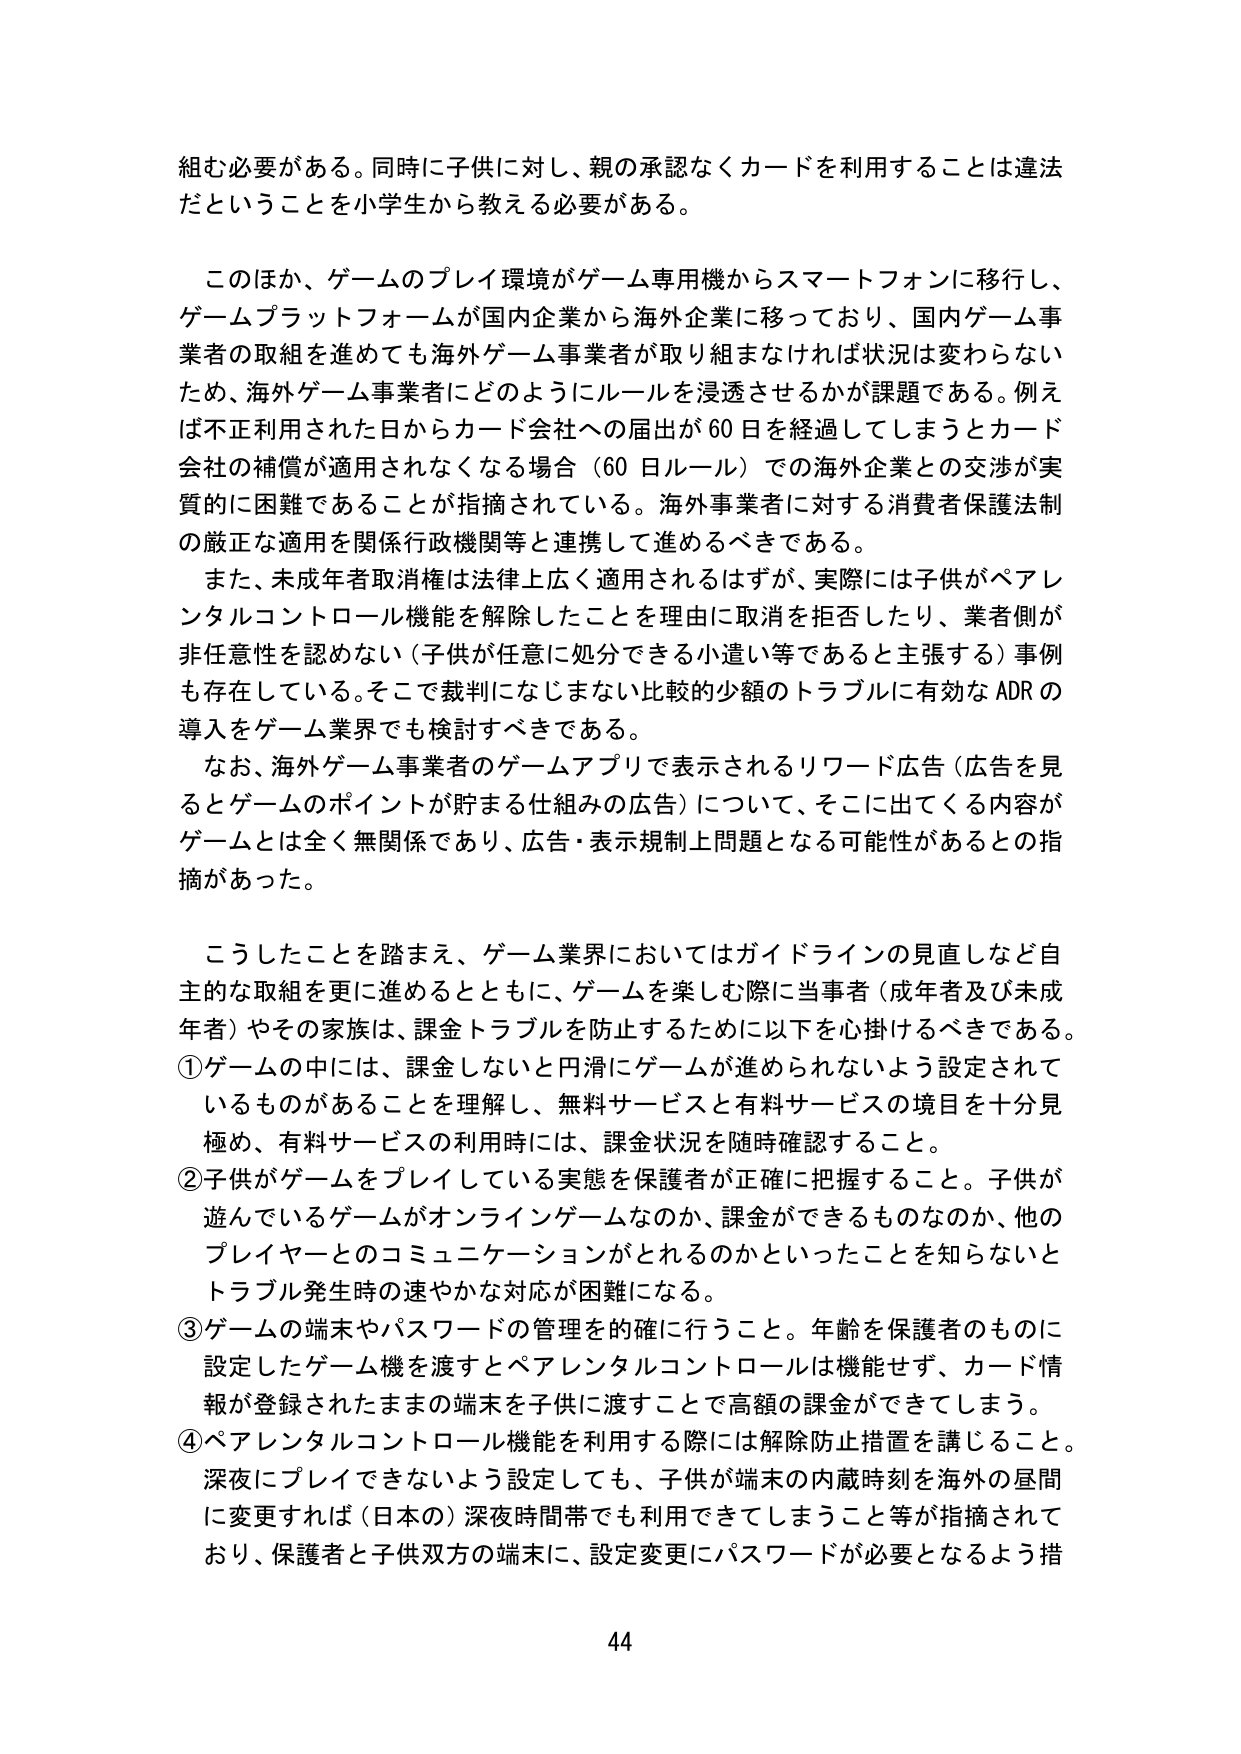
組む必要がある。同時に子供に対し、親の承認なくカードを利用することは違法だということを小学生から教える必要がある。

このほか、ゲームのプレイ環境がゲーム専用機からスマートフォンに移行し、ゲームプラットフォームが国内企業から海外企業に移っており、国内ゲーム事業者の取組を進めても海外ゲーム事業者が取り組まなければ状況は変わらないため、海外ゲーム事業者にどのようにルールを浸透させるかが課題である。例えば不正利用された日からカード会社への届出が60日を経過してしまうとカード会社の補償が適用されなくなる場合（60日ルール）での海外企業との交渉が実質的に困難であることが指摘されている。海外事業者に対する消費者保護法制の厳正な適用を関係行政機関等と連携して進めるべきである。

また、未成年者取消権は法律上広く適用されるはずが、実際には子供がペアレンタルコントロール機能を解除したことを理由に取消を拒否したり、業者側が非任意性を認めない（子供が任意に処分できる小遣い等であると主張する）事例も存在している。そこで裁判になじまない比較的少額のトラブルに有効なADRの導入をゲーム業界でも検討すべきである。

なお、海外ゲーム事業者のゲームアプリで表示されるリワード広告（広告を見るとゲームのポイントが貯まる仕組みの広告）について、そこに出てくる内容がゲームとは全く無関係であり、広告・表示規制上問題となる可能性があるとの指摘があった。

こうしたことを踏まえ、ゲーム業界においてはガイドラインの見直しなど自主的な取組を更に進めるとともに、ゲームを楽しむ際に当事者（成人者及び未成年者）やその家族は、課金トラブルを防止するために以下を心掛けるべきである。

①ゲームの中には、課金しないと円滑にゲームが進められないよう設定されているものがあることを理解し、無料サービスと有料サービスの境目を十分見極め、有料サービスの利用時には、課金状況を随時確認すること。

②子供がゲームをプレイしている実態を保護者が正確に把握すること。子供が遊んでいるゲームがオンラインゲームなのか、課金ができるものなのか、他のプレイヤーとのコミュニケーションがとれるのかといったことを知らないとトラブル発生時の速やかな対応が困難になる。

③ゲームの端末やパスワードの管理を的確に行うこと。年齢を保護者のものに設定したゲーム機を渡すとペアレンタルコントロールは機能せず、カード情報が登録されたままの端末を子供に渡すことで高額の課金ができてしまう。

④ペアレンタルコントロール機能を利用する際には解除防止措置を講じること。深夜にプレイできないよう設定しても、子供が端末の内蔵時刻を海外の昼間に変更すれば（日本の）深夜時間帯でも利用できてしまうこと等が指摘されており、保護者と子供双方の端末に、設定変更にパスワードが必要となるよう措

44